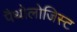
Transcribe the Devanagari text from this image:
पैथोलोजिस्ट